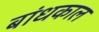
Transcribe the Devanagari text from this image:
बांधकाल